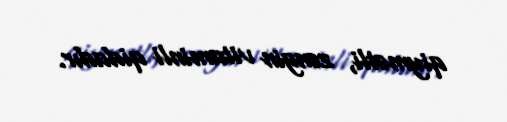
qiymətli, zəngin vitaminli qidadır.